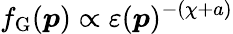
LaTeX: f_{\mathrm{G}}(\boldsymbol{p})\propto\varepsilon(\boldsymbol{p})^{-(\chi+a)}